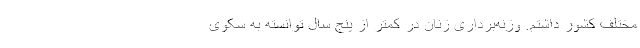
مختلف کشور داشتم. وزنه‌برداری زنان در کمتر از پنج سال توانسته به سکوی